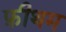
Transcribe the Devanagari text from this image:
फ़ीथम